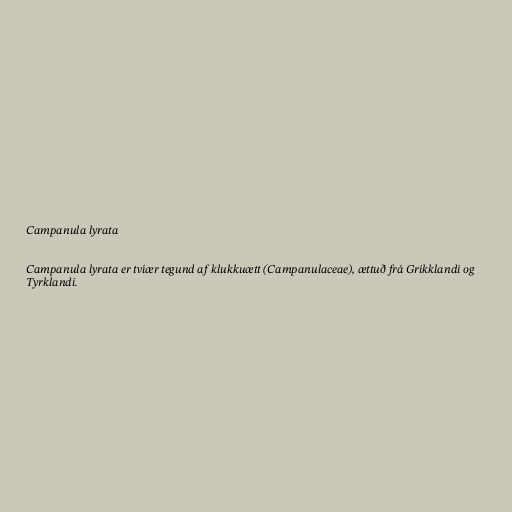
Campanula lyrata

Campanula lyrata er tvíær tegund af klukkuætt (Campanulaceae), ættuð frá Grikklandi og
Tyrklandi.